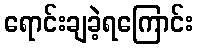
ရောင်းချခဲ့ရကြောင်း